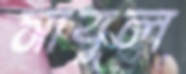
সাবুল